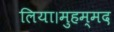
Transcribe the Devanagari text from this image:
लिया।मुहम्मद